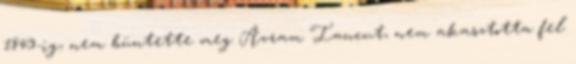
1849-ig, nem büntette meg Avram Iancut, nem akasztotta fel